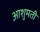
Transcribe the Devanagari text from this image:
आशुमती